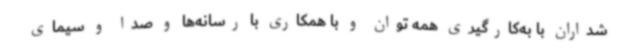
شداران با به‌کارگیری همه توان و با همکاری با رسانه‌ها و صدا و سیمای